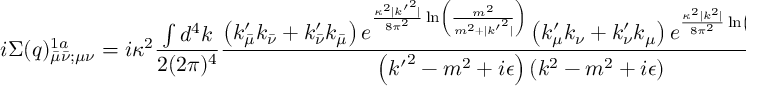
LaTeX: i \Sigma ( q ) _ { \bar { \mu } \bar { \nu } ; \mu \nu } ^ { 1 a } = i \kappa ^ { 2 } \frac { \int d ^ { 4 } k } { 2 ( 2 \pi ) ^ { 4 } } \frac { \left( k _ { \bar { \mu } } ^ { \prime } k _ { \bar { \nu } } + k _ { \bar { \nu } } ^ { \prime } k _ { \bar { \mu } } \right) e ^ { \frac { \kappa ^ { 2 } | { k ^ { \prime } } ^ { 2 } | } { 8 \pi ^ { 2 } } \ln \left( \frac { m ^ { 2 } } { m ^ { 2 } + | { k ^ { \prime } } ^ { 2 } | } \right) } \left( k _ { \mu } ^ { \prime } k _ { \nu } + k _ { \nu } ^ { \prime } k _ { \mu } \right) e ^ { \frac { \kappa ^ { 2 } | k ^ { 2 } | } { 8 \pi ^ { 2 } } \ln \left( \frac { m ^ { 2 } } { m ^ { 2 } + | k ^ { 2 } | } \right) } } { \left( { k ^ { \prime } } ^ { 2 } - m ^ { 2 } + i \epsilon \right) \left( k ^ { 2 } - m ^ { 2 } + i \epsilon \right) } .